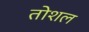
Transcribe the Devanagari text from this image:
तोशल